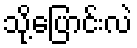
သို့ပြောင်းလဲ